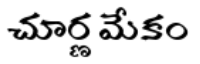
చూర్ణ మేకం